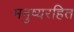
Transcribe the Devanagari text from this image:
मनुष्यरहित